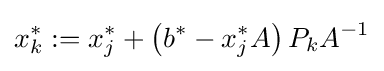
x_{k}^{*}:=x_{j}^{*}+\left(b^{*}-x_{j}^{*}A\right)P_{k}A^{-1}